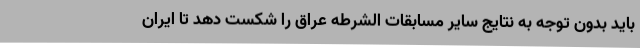
باید بدون توجه به نتایج سایر مسابقات الشرطه عراق را شکست دهد تا ایران